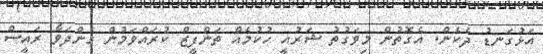
އަޅުގަނޑު ދެކެން. އެގޮތުން މިވަގުތު ޝަރުއީ ހުކުމެއް ތަންފީޒް ކުރައްވަމުން ގެންދަވާ ރައީސް